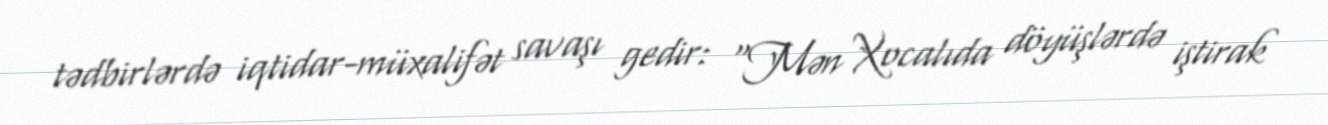
tədbirlərdə iqtidar-müxalifət savaşı gedir: “Mən Xocalıda döyüşlərdə iştirak